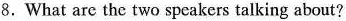
8.What are the two speakers talking about?